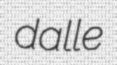
dalle